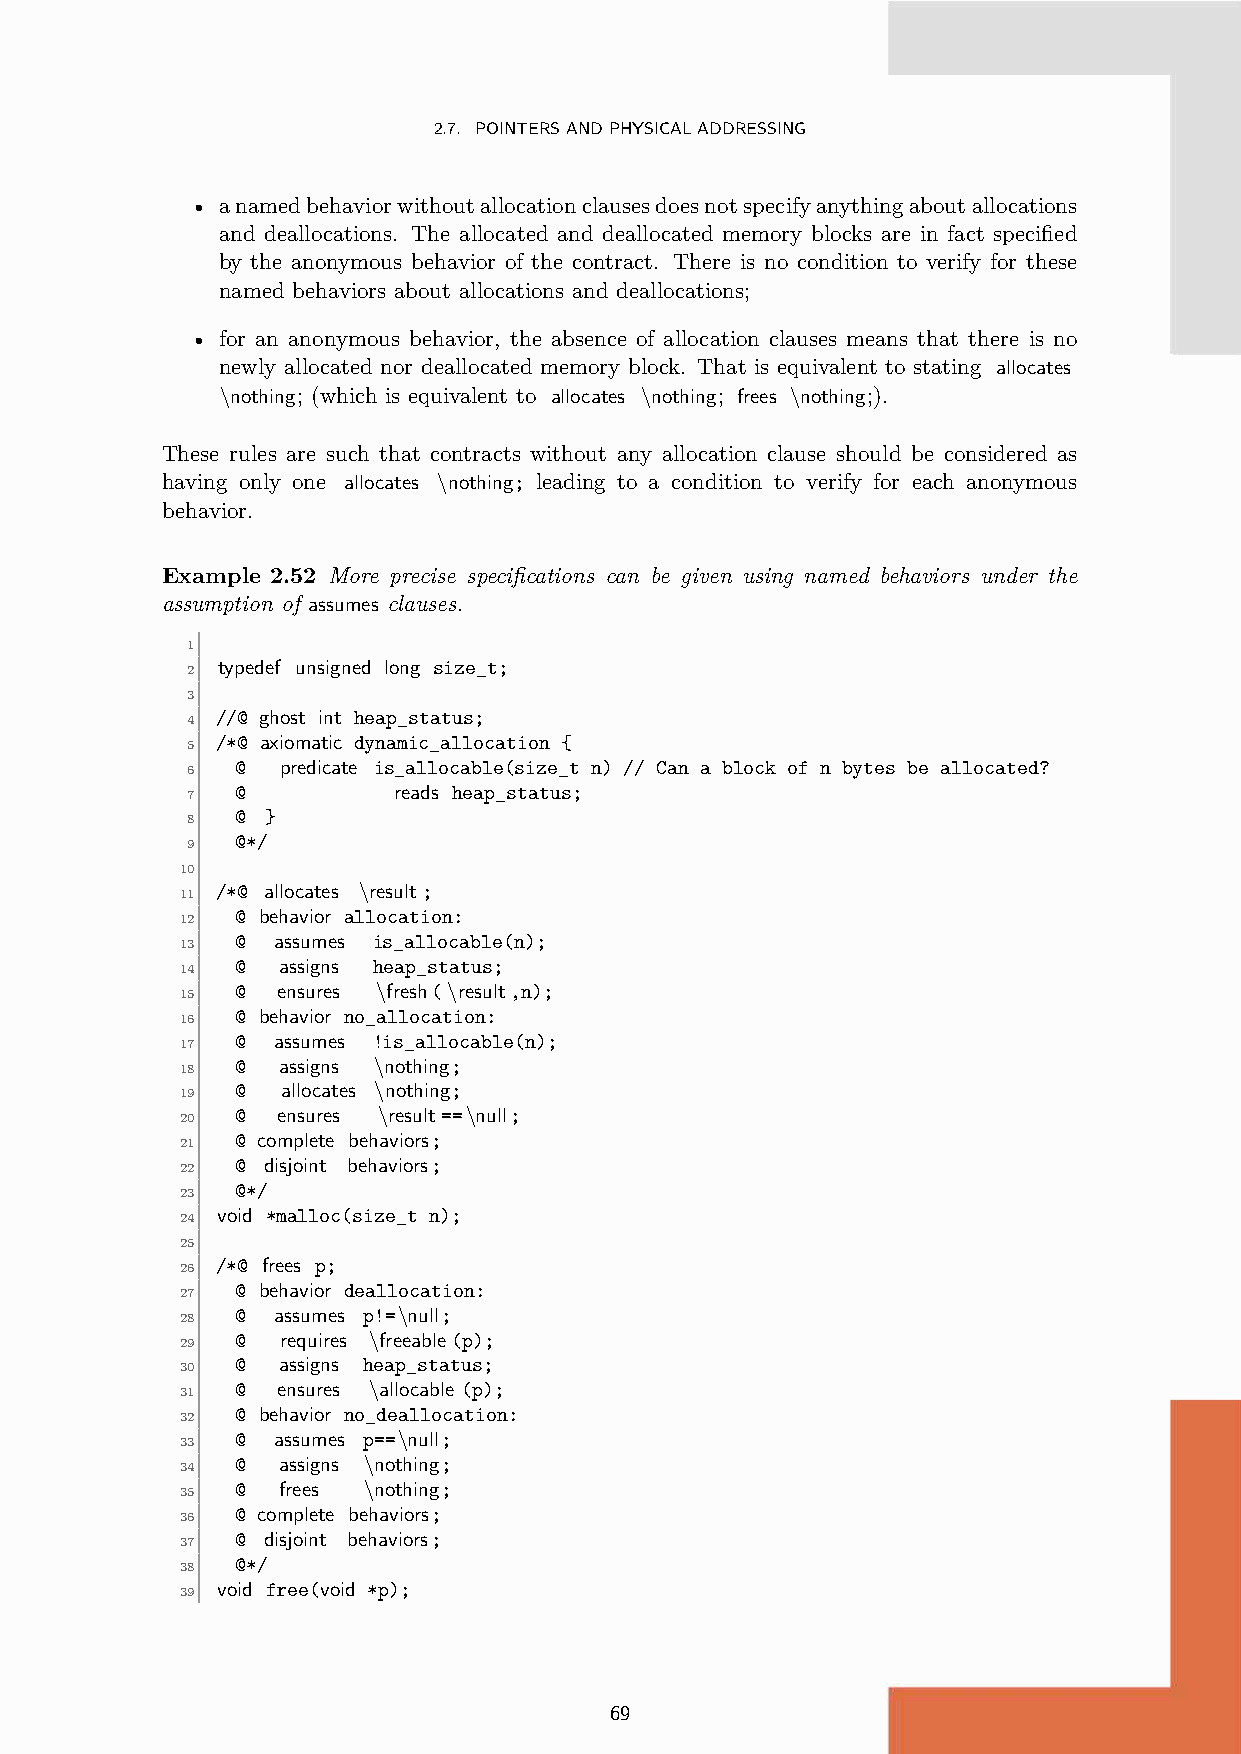
2.7. POINTERSANDPHYSICALADDRESSING
 • anamedbehaviorwithoutallocationclausesdoesnotspecifyanythingaboutallocations
 and deallocations. The allocated and deallocated memory blocks are in fact specified
 by the anonymous behavior of the contract. There is no condition to verify for these
 named behaviors about allocations and deallocations;
 • for an anonymous behavior, the absence of allocation clauses means that there is no
 newly allocated nor deallocated memory block. That is equivalent to stating allocates
 \nothing; (which is equivalent to allocates \nothing; frees \nothing;).
 These rules are such that contracts without any allocation clause should be considered as
 having only one allocates \nothing; leading to a condition to verify for each anonymous
 behavior.
 Example 2.52 More precise specifications can be given using named behaviors under the
 assumption of assumes clauses.
 1
 typedef unsigned long size_t;
 2
 3
 //@ ghost int heap_status;
 4
 /*@ axiomatic dynamic_allocation {
 5
 @ predicate is_allocable(size_t n) // Can a block of n bytes be allocated?
 6
 @         reads heap_status;
 7
 @ }
 8
 @*/
 9
 10
 /*@ allocates \result;
 11
 @ behavior allocation:
 12
 @ assumes is_allocable(n);
 13
 @ assigns heap_status;
 14
 @ ensures \fresh(\result,n);
 15
 @ behavior no_allocation:
 16
 @ assumes !is_allocable(n);
 17
 @ assigns \nothing;
 18
 @  allocates \nothing;
 19
 @ ensures \result==\null;
 20
 @ complete behaviors;
 21
 @ disjoint behaviors;
 22
 @*/
 23
 void *malloc(size_t n);
 24
 25
 /*@ frees p;
 26
 @ behavior deallocation:
 27
 @ assumes p!=\null;
 28
 @  requires \freeable(p);
 29
 @ assigns heap_status;
 30
 @ ensures \allocable (p);
 31
 @ behavior no_deallocation:
 32
 @ assumes p==\null;
 33
 @ assigns \nothing;
 34
 @ frees \nothing;
 35
 @ complete behaviors;
 36
 @ disjoint behaviors;
 37
 @*/
 38
 void free(void *p);
 39
 69